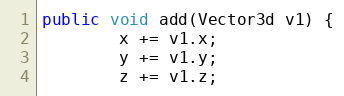
Language: Java
public void add(Vector3d v1) {
        x += v1.x;
        y += v1.y;
        z += v1.z;